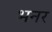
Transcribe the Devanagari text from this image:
भनर